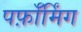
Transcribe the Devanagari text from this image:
पर्फ़ॉर्मिंग